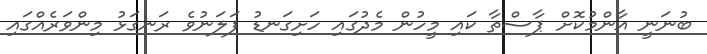
ބުނަނީ އާންމުކޮށް ޕާސްތާ ކައި މީހުން މެދުގައި ހަށިގަނޑު ފަލަނުވެ ރަނގަޅު މިންވަރެއްގައި